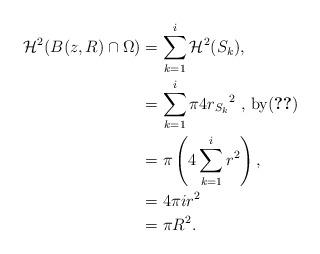
LaTeX: \begin{align*}\mathcal{H}^{2}(B(z,R) \cap \Omega) &= \sum_{k=1}^{i} \mathcal{H}^{2}(S_k), \\&= \sum_{k=1}^{i} \pi 4 {r_{S_k}}^{2} \mbox{ , by} \eqref{spherelocally2unifeq} \\&= \pi \left(4 \sum_{k=1}^{i} r^{2} \right), \\ &=4 \pi ir^{2} \\&= \pi R^{2}.\end{align*}